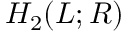
H _ { 2 } ( L ; R )